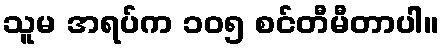
သူမ အရပ်က ၁၀၅ စင်တီမီတာပါ။